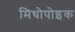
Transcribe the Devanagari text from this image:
मिथोपोइक